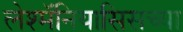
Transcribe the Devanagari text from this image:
लेश्मॅनियासिसच्या